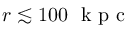
r \lesssim 1 0 0 ~ \mathrm { ~ k ~ p ~ c ~ }